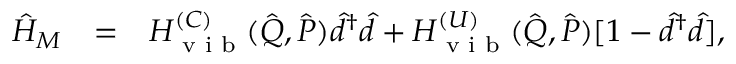
\begin{array} { r l r } { \hat { H } _ { M } } & { = } & { H _ { \textrm { v i b } } ^ { ( C ) } ( \hat { \boldsymbol { Q } } , \hat { \boldsymbol { P } } ) \hat { d } ^ { \dagger } \hat { d } + H _ { \textrm { v i b } } ^ { ( U ) } ( \hat { \boldsymbol { Q } } , \hat { \boldsymbol { P } } ) [ 1 - \hat { d } ^ { \dagger } \hat { d } ] , } \end{array}